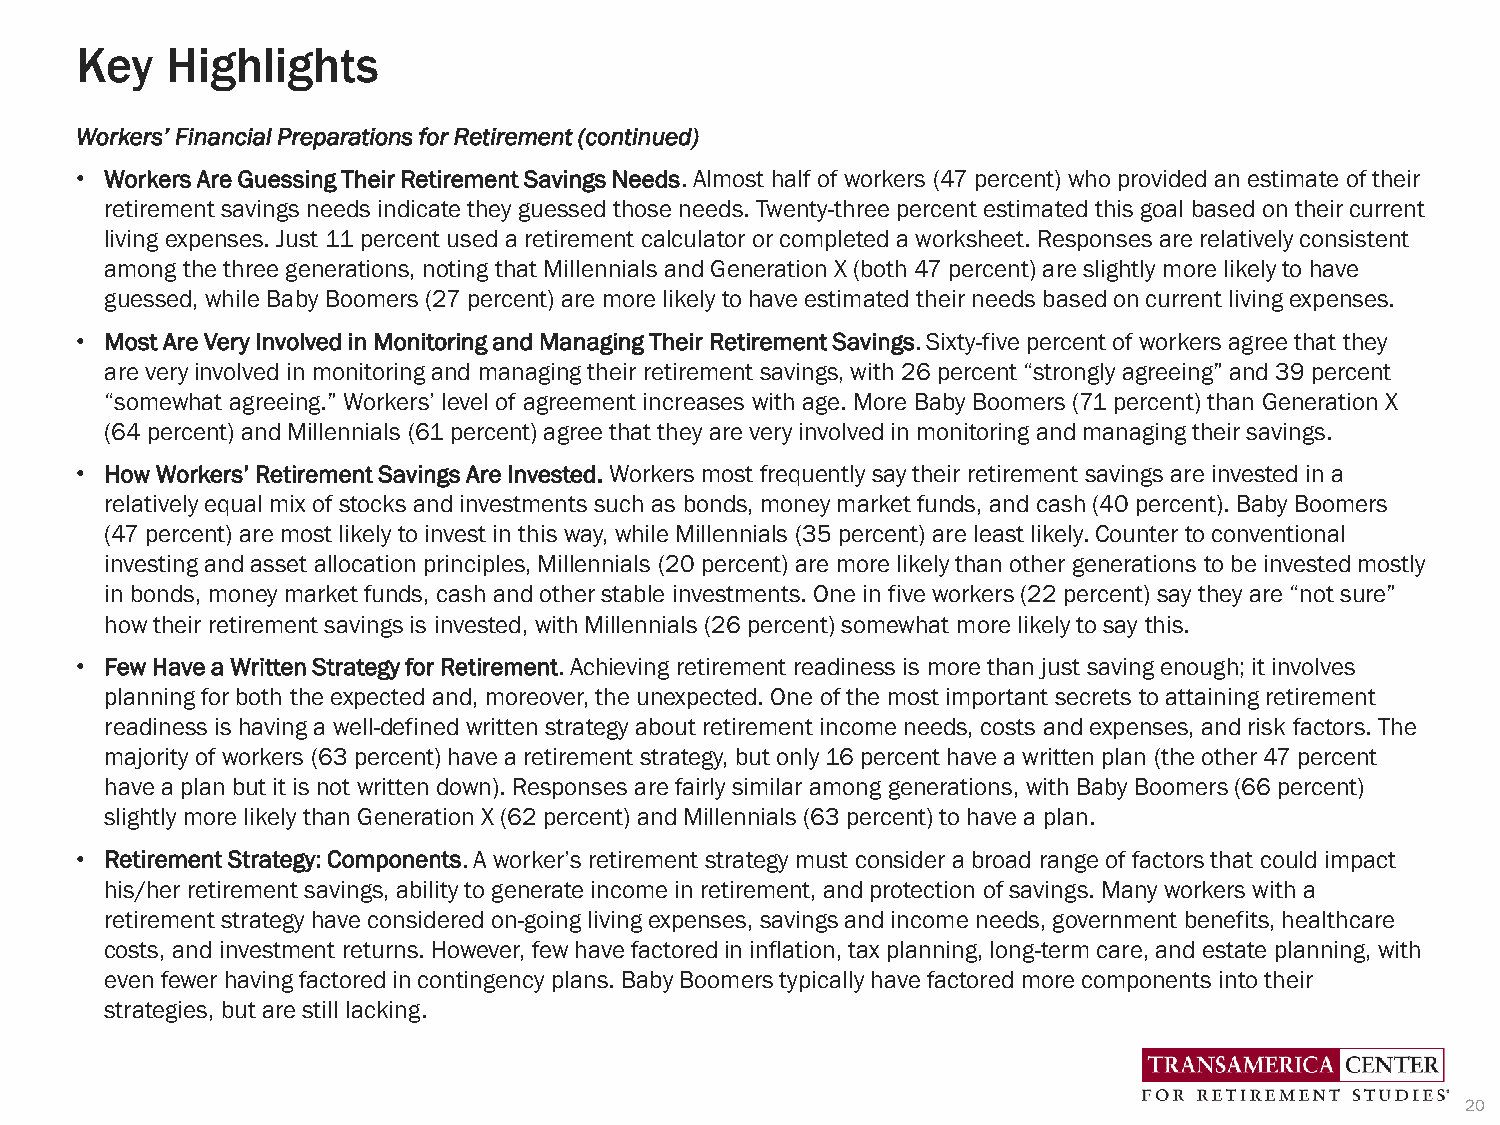
Key   Highlights
 Workers’ Financial Preparations for Retirement (continued)
 • Workers Are Guessing Their Retirement Savings Needs. Almost half of workers (47 percent) who provided an estimate of their
 retirement savings needs indicate they guessed those needs. Twenty-three percent estimated this goal based on their current
 living expenses. Just 11 percent used a retirement calculator or completed a worksheet. Responses are relatively consistent
 among the three generations, noting that Millennials and Generation X (both 47 percent) are slightly more likely to have
 guessed, while Baby Boomers (27 percent) are more likely to have estimated their needs based on current living expenses.
 • Most Are Very Involved in Monitoring and Managing Their Retirement Savings. Sixty-five percent of workers agree that they
 are very involved in monitoring and managing their retirement savings, with 26 percent “strongly agreeing” and 39 percent
 “somewhat agreeing.” Workers’ level of agreement increases with age. More Baby Boomers (71 percent) than Generation X
 (64 percent) and Millennials (61 percent) agree that they are very involved in monitoring and managing their savings.
 • How Workers’ Retirement Savings Are Invested.Workers most frequently say their retirement savings are invested in a
 relatively equal mix of stocks and investments such as bonds, money market funds, and cash (40 percent). Baby Boomers
 (47 percent) are most likely to invest in this way, while Millennials (35 percent) are least likely. Counter to conventional
 investing and asset allocation principles, Millennials (20 percent) are more likely than other generations to be invested mostly
 in bonds, money market funds, cash and other stable investments. One in five workers (22 percent) say they are “not sure”
 how their retirement savings is invested, with Millennials (26 percent) somewhat more likely to say this.
 • Few Have a Written Strategy for Retirement. Achieving retirement readiness is more than just saving enough; it involves
 planning for both the expected and, moreover, the unexpected. One of the most important secrets to attaining retirement
 readiness is having a well-defined written strategy about retirement income needs, costs and expenses, and risk factors. The
 majority of workers (63 percent) have a retirement strategy, but only 16 percent have a written plan (the other 47 percent
 have a plan but it is not written down). Responses are fairly similar among generations, with Baby Boomers (66 percent)
 slightly more likely than Generation X (62 percent) and Millennials (63 percent) to have a plan.
 • Retirement Strategy: Components. A worker’s retirement strategy must consider a broad range of factors that could impact
 his/her retirement savings, ability to generate income in retirement, and protection of savings. Many workers with a
 retirement strategy have considered on-going living expenses, savings and income needs, government benefits, healthcare
 costs, and investment returns. However, few have factored in inflation, tax planning, long-term care, and estate planning, with
 even fewer having factored in contingency plans. Baby Boomers typically have factored more components into their
 strategies, but are still lacking.
 20